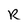
Character: R